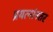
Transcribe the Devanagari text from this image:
प्रयत्नांनतर